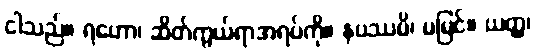
ငါသည်။ ရဟော၊ ဆိတ်ကွယ်ရာအရပ်ကို။ နပဿမိ၊ မမြင်။ ယတ္ထ၊